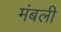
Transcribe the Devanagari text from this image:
मंबली